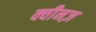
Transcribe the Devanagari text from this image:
क्वीनज़